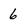
Character: 6